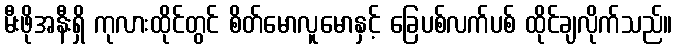
မီးဖိုအနီးရှိ ကုလားထိုင်တွင် စိတ်မောလူမောနှင့် ခြေပစ်လက်ပစ် ထိုင်ချလိုက်သည်။